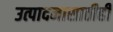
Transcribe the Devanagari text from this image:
उत्पादनासाठीही